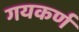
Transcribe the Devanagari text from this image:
गयकर्ण